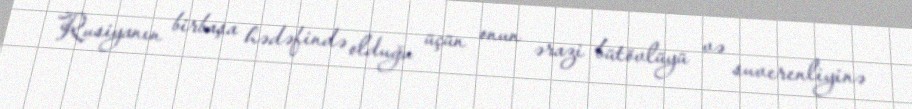
Rusiyanın birbaşa hədəfində olduğu üçün onun ərazi bütövlüyü və suverenliyinə